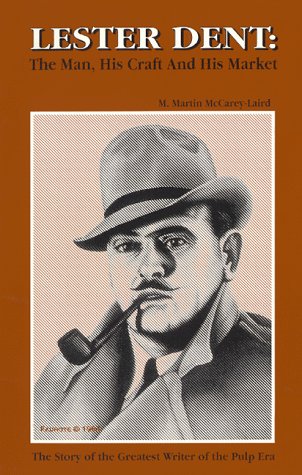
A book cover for Lester Dent: The Man, His Craft and His Market; M. Martin McCarey-Laird; Mystery, Thriller & Suspense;